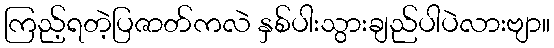
ကြည့်ရတဲ့ပြဇာတ်ကလဲ နှစ်ပါးသွားချည်ပါပဲလားဗျာ။